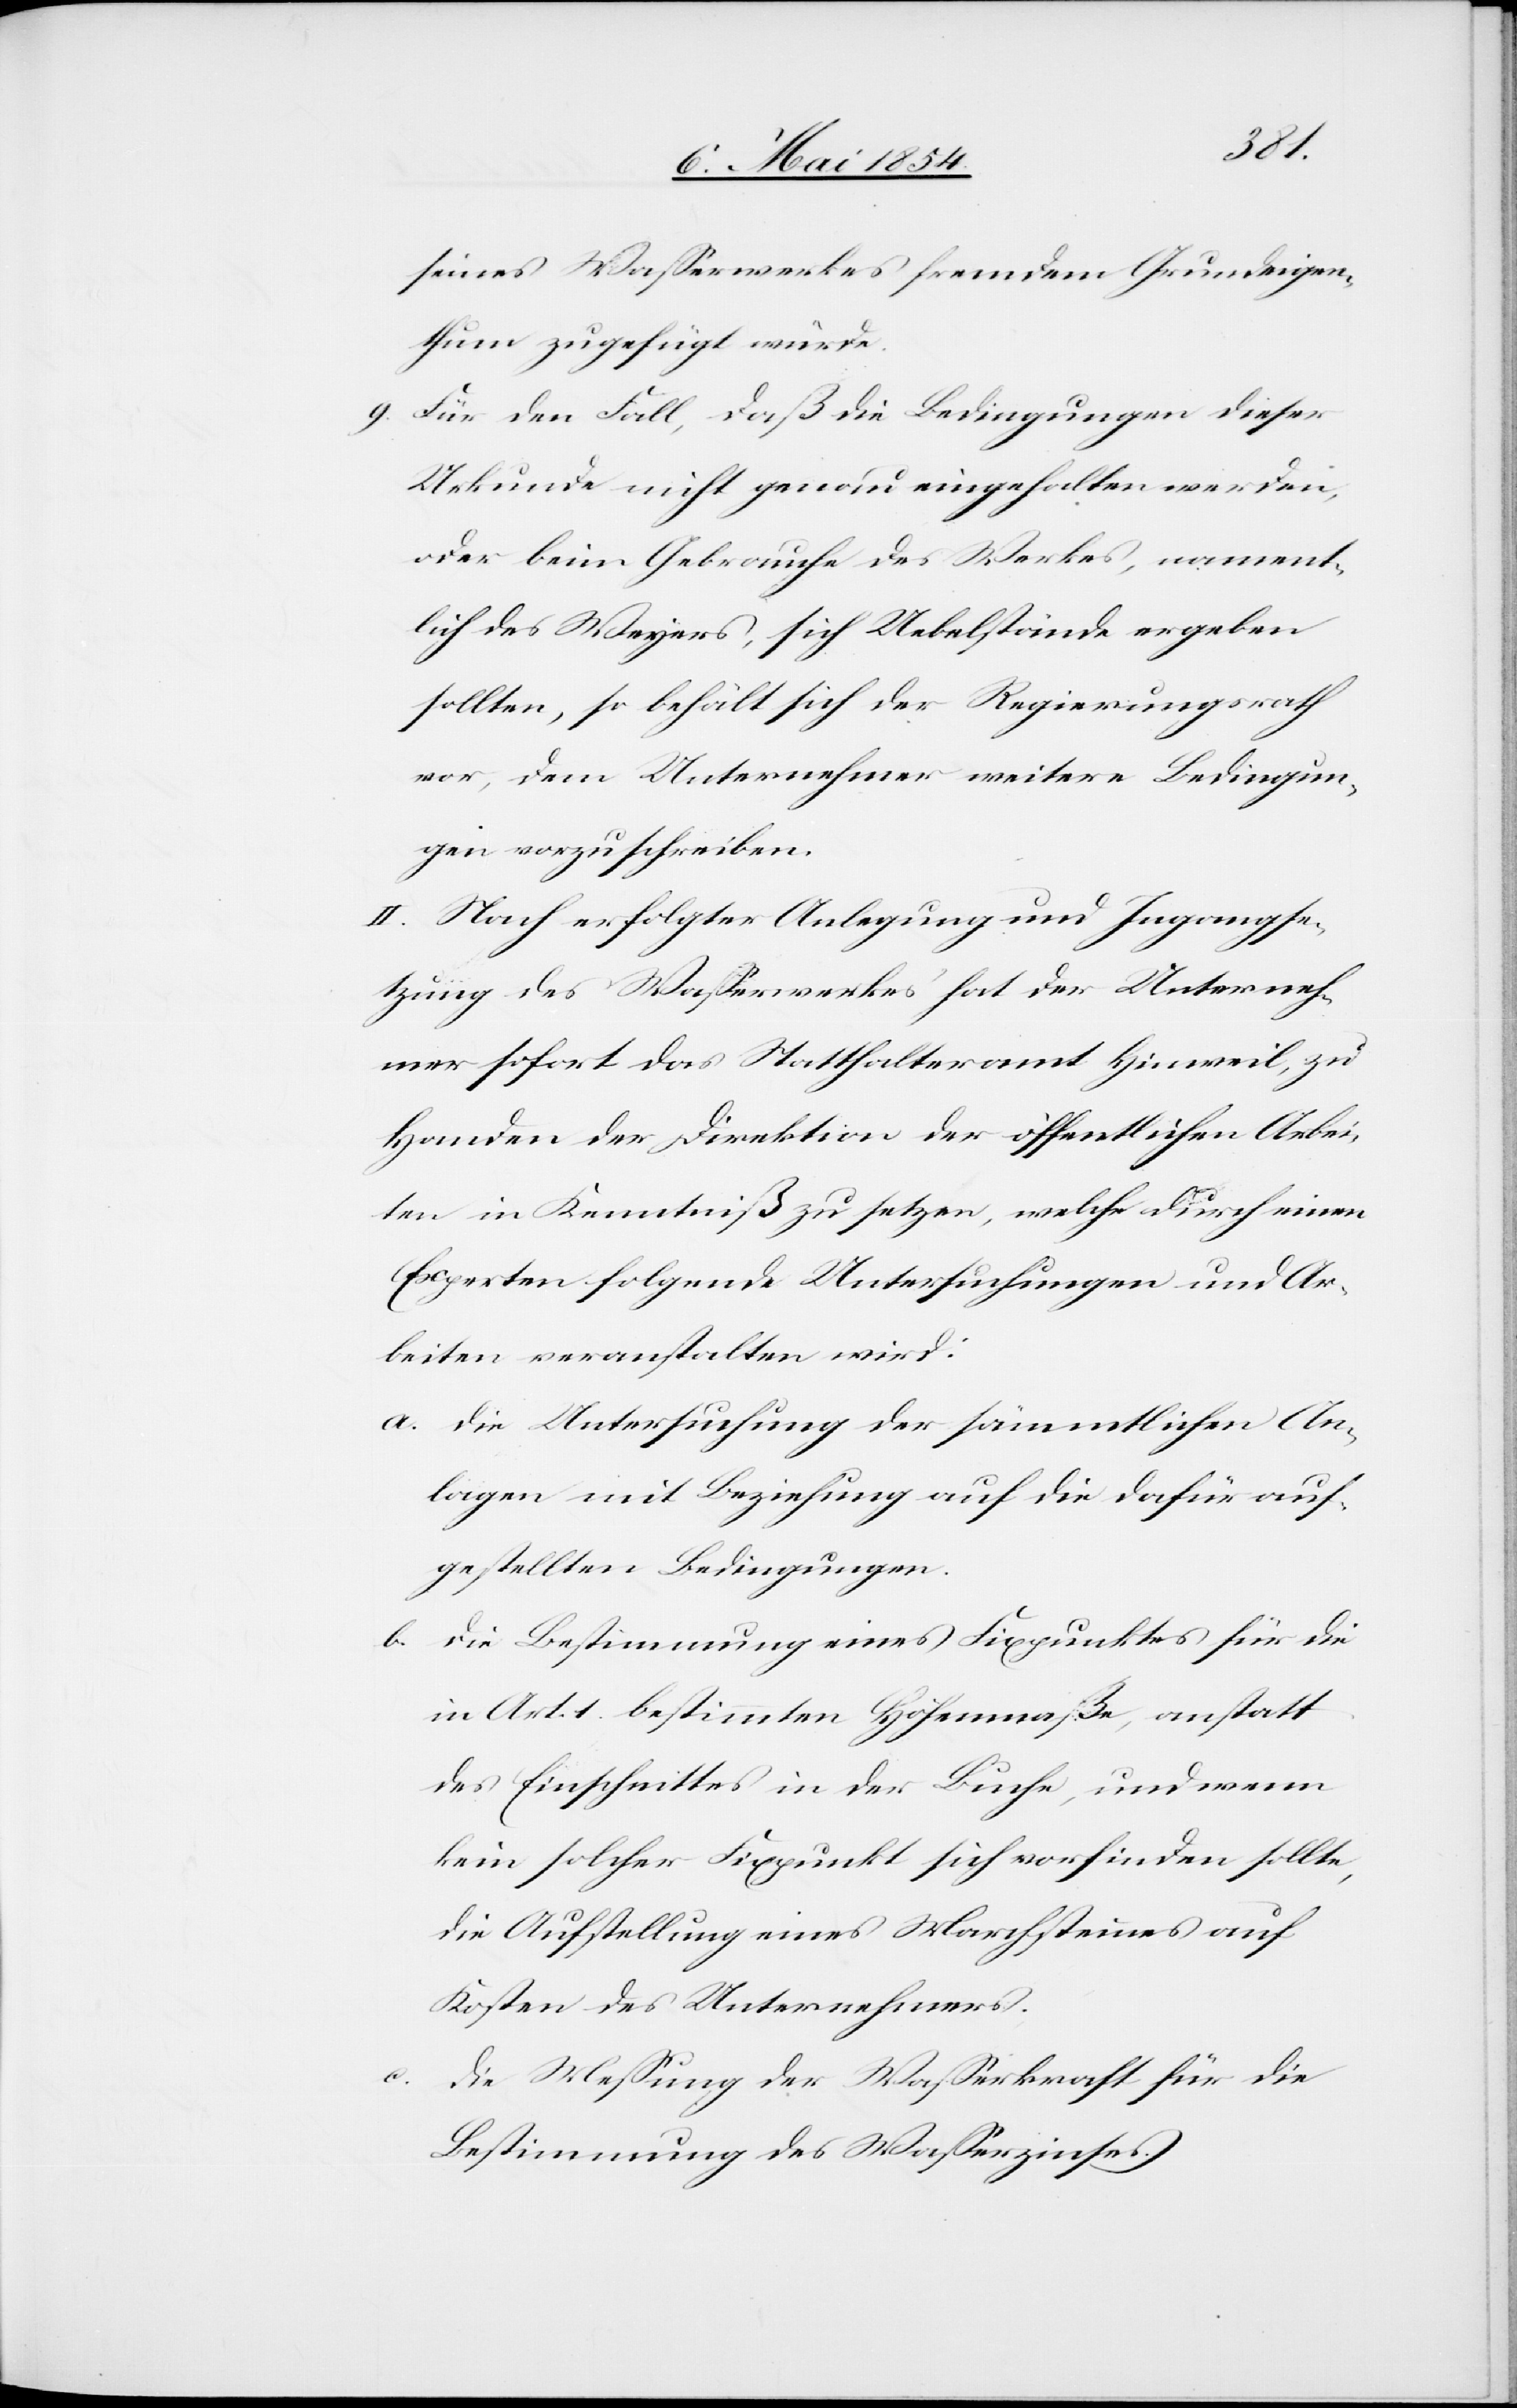
seines Waßerwerkes fremdem Grundeigen¬
thum zugefügt wurde.
9. Für den Fall, daß die Bedingungen dieser
Urkunde nicht genau eingehalten werden,
oder beim Gebrauche des Werkes, nament¬
lich des Weyers, sich Uebelstände ergeben
sollten, so behalt sich der Regierungsrath
vor, dem Unternehmer weitere Bedingun¬
gen vorzuschreiben.
II. Nach erfolgter Anlegung und Ingangse¬
tzung des Waßerwerkes hat der Unterneh¬
mer sofort das Statthalteramt Hinweil, zu
Handen der Direktion der öffentlichen Arbei¬
ten in Kenntniß zu setzen, welche durch einen
Experten folgende Untersuchungen und Ar¬
beiten veranstalten wird:
a. Die Untersuchung der sämmtlichen An¬
lagen mit Beziehung auf die dafür auf¬
gestellten Bedingungen.
b. Die Bestimmung eines Fixpunktes für die
in Art. 1 bestimmten Höhenmaße, anstatt
des Einschnittes in der Buche, und wenn
kein solcher Fixpunkt sich vorfinden sollte,
die Aufstellung eines Marchstammes auf
Kosten des Unternehmers.
Die Meßung der Waßerkraft für die
Bestimmung des Waßerzinses.